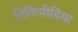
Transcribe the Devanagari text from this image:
विकिपीडिया